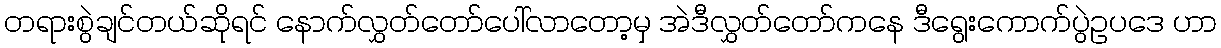
တရားစွဲချင်တယ်ဆိုရင် နောက်လွှတ်တော်ပေါ်လာတော့မှ အဲဒီလွှတ်တော်ကနေ ဒီရွေးကောက်ပွဲဥပဒေ ဟာ